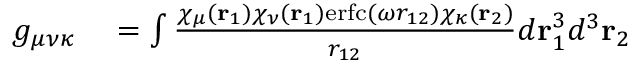
\begin{array} { r l } { g _ { \mu \nu \kappa } } & { { } = \int \frac { \chi _ { \mu } ( \mathbf { r } _ { 1 } ) \chi _ { \nu } ( \mathbf { r } _ { 1 } ) \mathrm { e r f c } ( \omega r _ { 1 2 } ) \chi _ { \kappa } ( \mathbf { r } _ { 2 } ) } { r _ { 1 2 } } d \mathbf { r } _ { 1 } ^ { 3 } d ^ { 3 } \mathbf { r } _ { 2 } } \end{array}